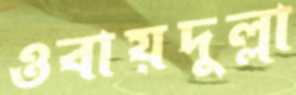
ওবায়দুল্লা